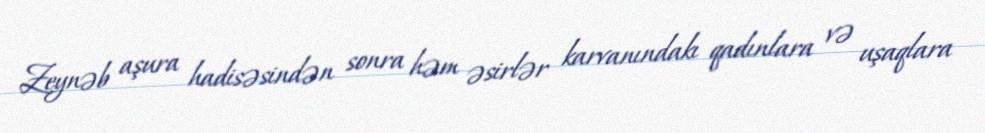
Zeynəb aşura hadisəsindən sonra həm əsirlər karvanındakı qadınlara və uşaqlara